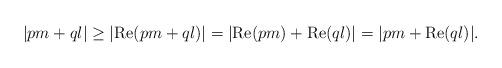
LaTeX: \begin{align*}|pm + ql| \geq |\mbox{Re}(pm+ql)| = |\mbox{Re}(pm) + \mbox{Re}(ql)| = |pm + \mbox{Re}(ql)|.\end{align*}